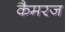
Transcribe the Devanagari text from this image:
कैमरज